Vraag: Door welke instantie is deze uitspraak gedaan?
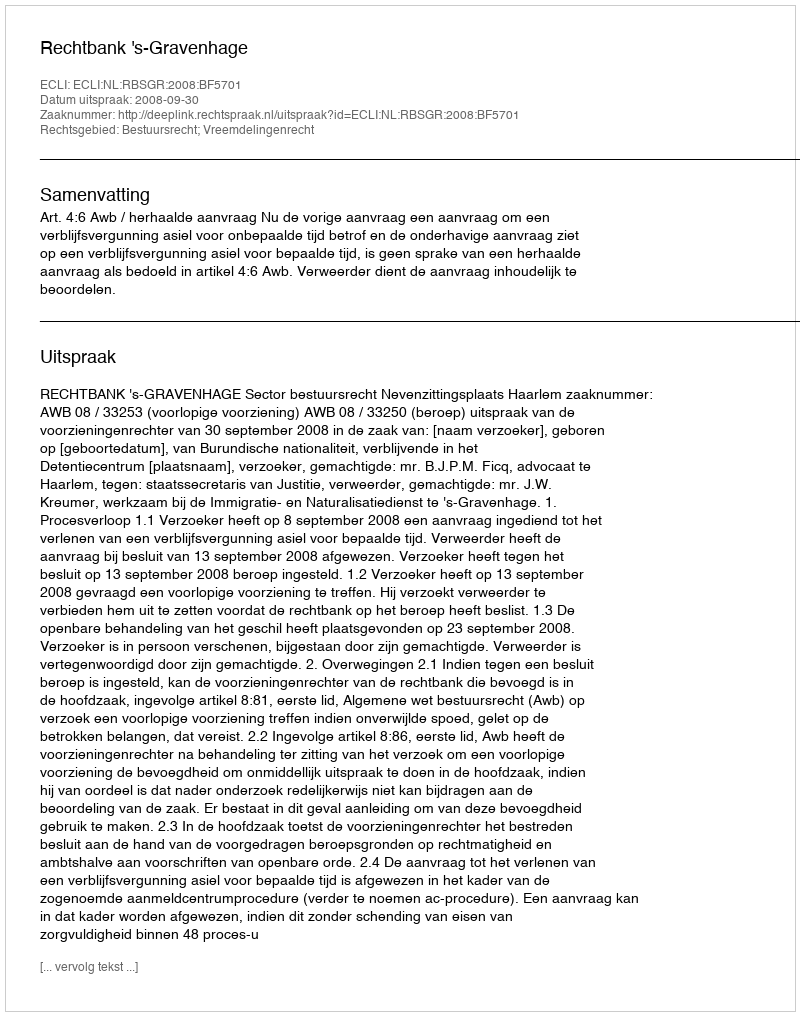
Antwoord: Rechtbank 's-Gravenhage